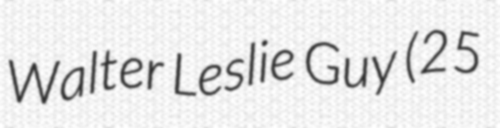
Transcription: Walter Leslie Guy (25